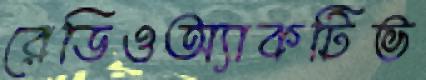
রেডিওঅ্যাকটিভ